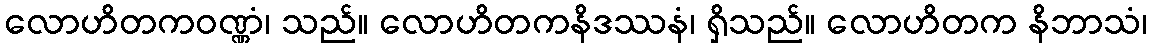
လောဟိတကဝဏ္ဏံ၊ သည်။ လောဟိတကနိဒဿနံ၊ ရှိသည်။ လောဟိတက နိဘာသံ၊